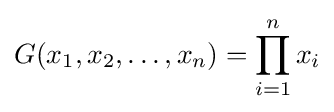
G(x_{1},x_{2},\ldots ,x_{n})=\prod _{i=1}^{n}x_{i}